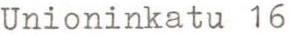
Unioninkatu 16